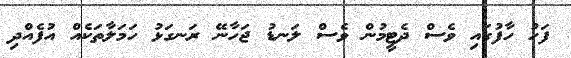
ފަހު ހާފުގައި ވެސް ދެޓީމުން ވެސް ލަނޑު ޖަހާނޭ ރަނގަޅު ހަމަލާތަކެއް އުފެއްދި